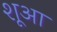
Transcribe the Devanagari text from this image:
शूआ